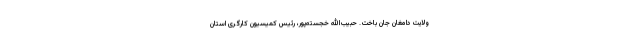
ولایت دامغان جان باخت. حبیب‌الله خجسته‌پور، رئیس کمیسیون کارگری استان